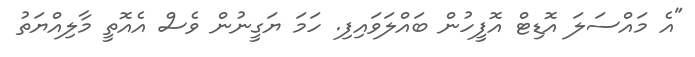
"އެ މައްސަލަ އޮޑިޓް އޮފީހުން ބައްލަވައިފި. ހަމަ ޔަގީނުން ވެސް އެއޮތީ މާލިއްޔަތު